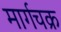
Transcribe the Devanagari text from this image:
मार्गचक्र